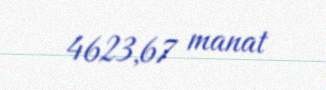
4623,67 manat